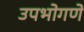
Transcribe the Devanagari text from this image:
उपभोगणे